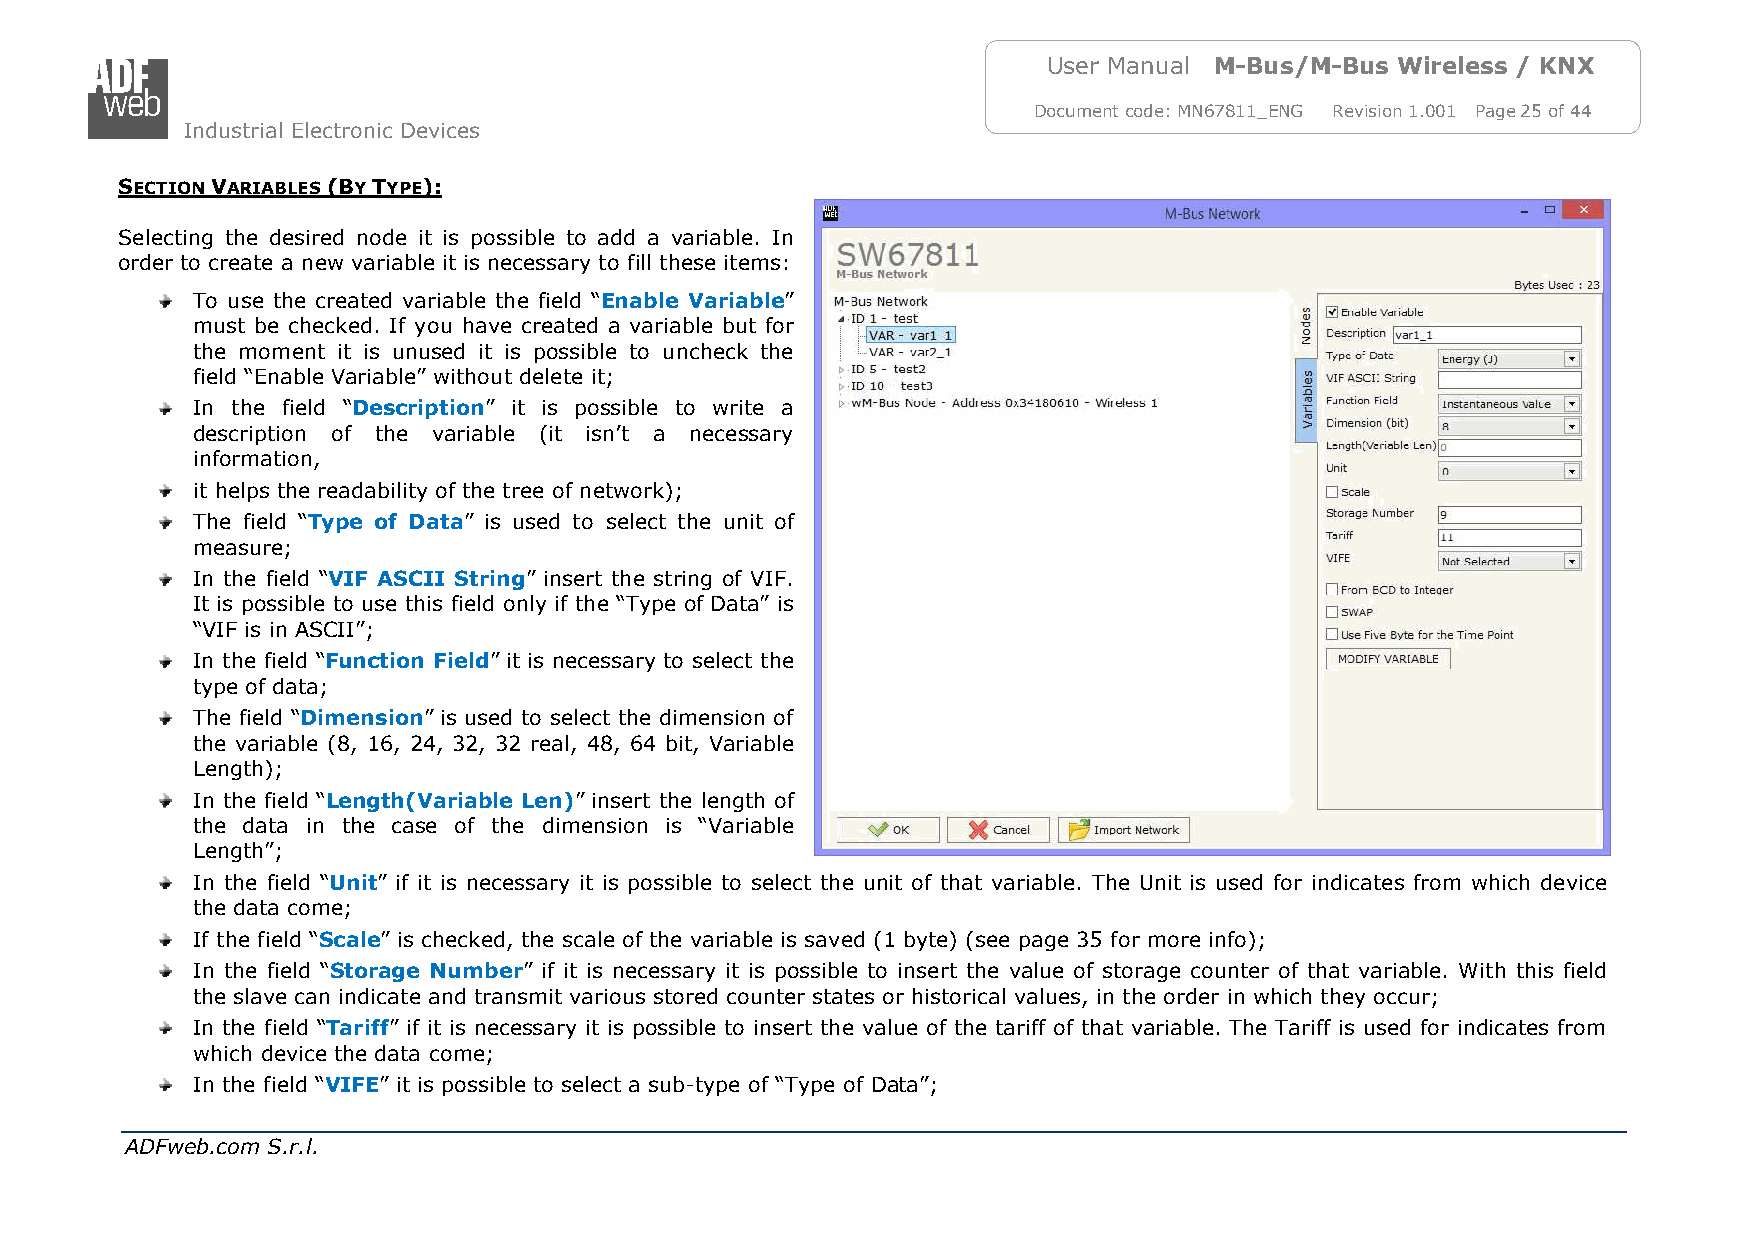
User Manual M-Bus/M-Bus Wireless / KNX
 Document code: MN67811_ENG Revision 1.001 Page 25 of 44
 Industrial Electronic Devices
 SECTION VARIABLES (BY TYPE):
 Selecting the desired node it is possible to add a variable. In
 order to create a new variable it is necessary to fill these items:
 To use the created variable the field “Enable Variable”
 must be checked. If you have created a variable but for
 the moment it is unused it is possible to uncheck the
 field “Enable Variable” without delete it;
 In the field “Description” it is possible to write a
 description of the variable (it isn’t a necessary
 information,
 it helps the readability of the tree of network);
 The field “Type of Data” is used to select the unit of
 measure;
 In the field “VIF ASCII String” insert the string of VIF.
 It is possible to use this field only if the “Type of Data” is
 “VIF is in ASCII”;
 In the field “Function Field” it is necessary to select the
 type of data;
 The field “Dimension” is used to select the dimension of
 the variable (8, 16, 24, 32, 32 real, 48, 64 bit, Variable
 Length);
 In the field “Length(Variable Len)” insert the length of
 the data in the case of the dimension is “Variable
 Length”;
 In the field “Unit” if it is necessary it is possible to select the unit of that variable. The Unit is used for indicates from which device
 the data come;
 If the field “Scale” is checked, the scale of the variable is saved (1 byte) (see page 35 for more info);
 In the field “Storage Number” if it is necessary it is possible to insert the value of storage counter of that variable. With this field
 the slave can indicate and transmit various stored counter states or historical values, in the order in which they occur;
 In the field “Tariff” if it is necessary it is possible to insert the value of the tariff of that variable. The Tariff is used for indicates from
 which device the data come;
 In the field “VIFE” it is possible to select a sub-type of “Type of Data”;
 ADFweb.com S.r.l.